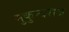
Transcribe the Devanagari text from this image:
मुकुन्दराज